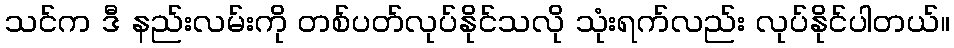
သင်က ဒီ နည်းလမ်းကို တစ်ပတ်လုပ်နိုင်သလို သုံးရက်လည်း လုပ်နိုင်ပါတယ်။